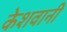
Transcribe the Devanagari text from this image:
केशवानी